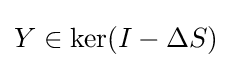
Y\in \ker(I-\Delta S)